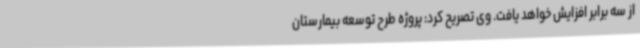
از سه برابر افزایش خواهد یافت. وی تصریح کرد: پروژه طرح توسعه بیمارستان